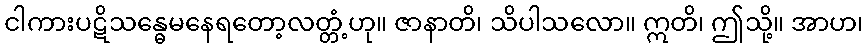
ငါကားပဋိသန္ဓေမနေရတော့လတ္တံ့ဟု။ ဇာနာတိ၊ သိပါသလော။ ဣတိ၊ ဤသို့။ အာဟ၊